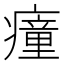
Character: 𤺄